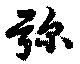
弥